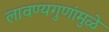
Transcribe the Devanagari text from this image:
लावण्यगुणांमुळे